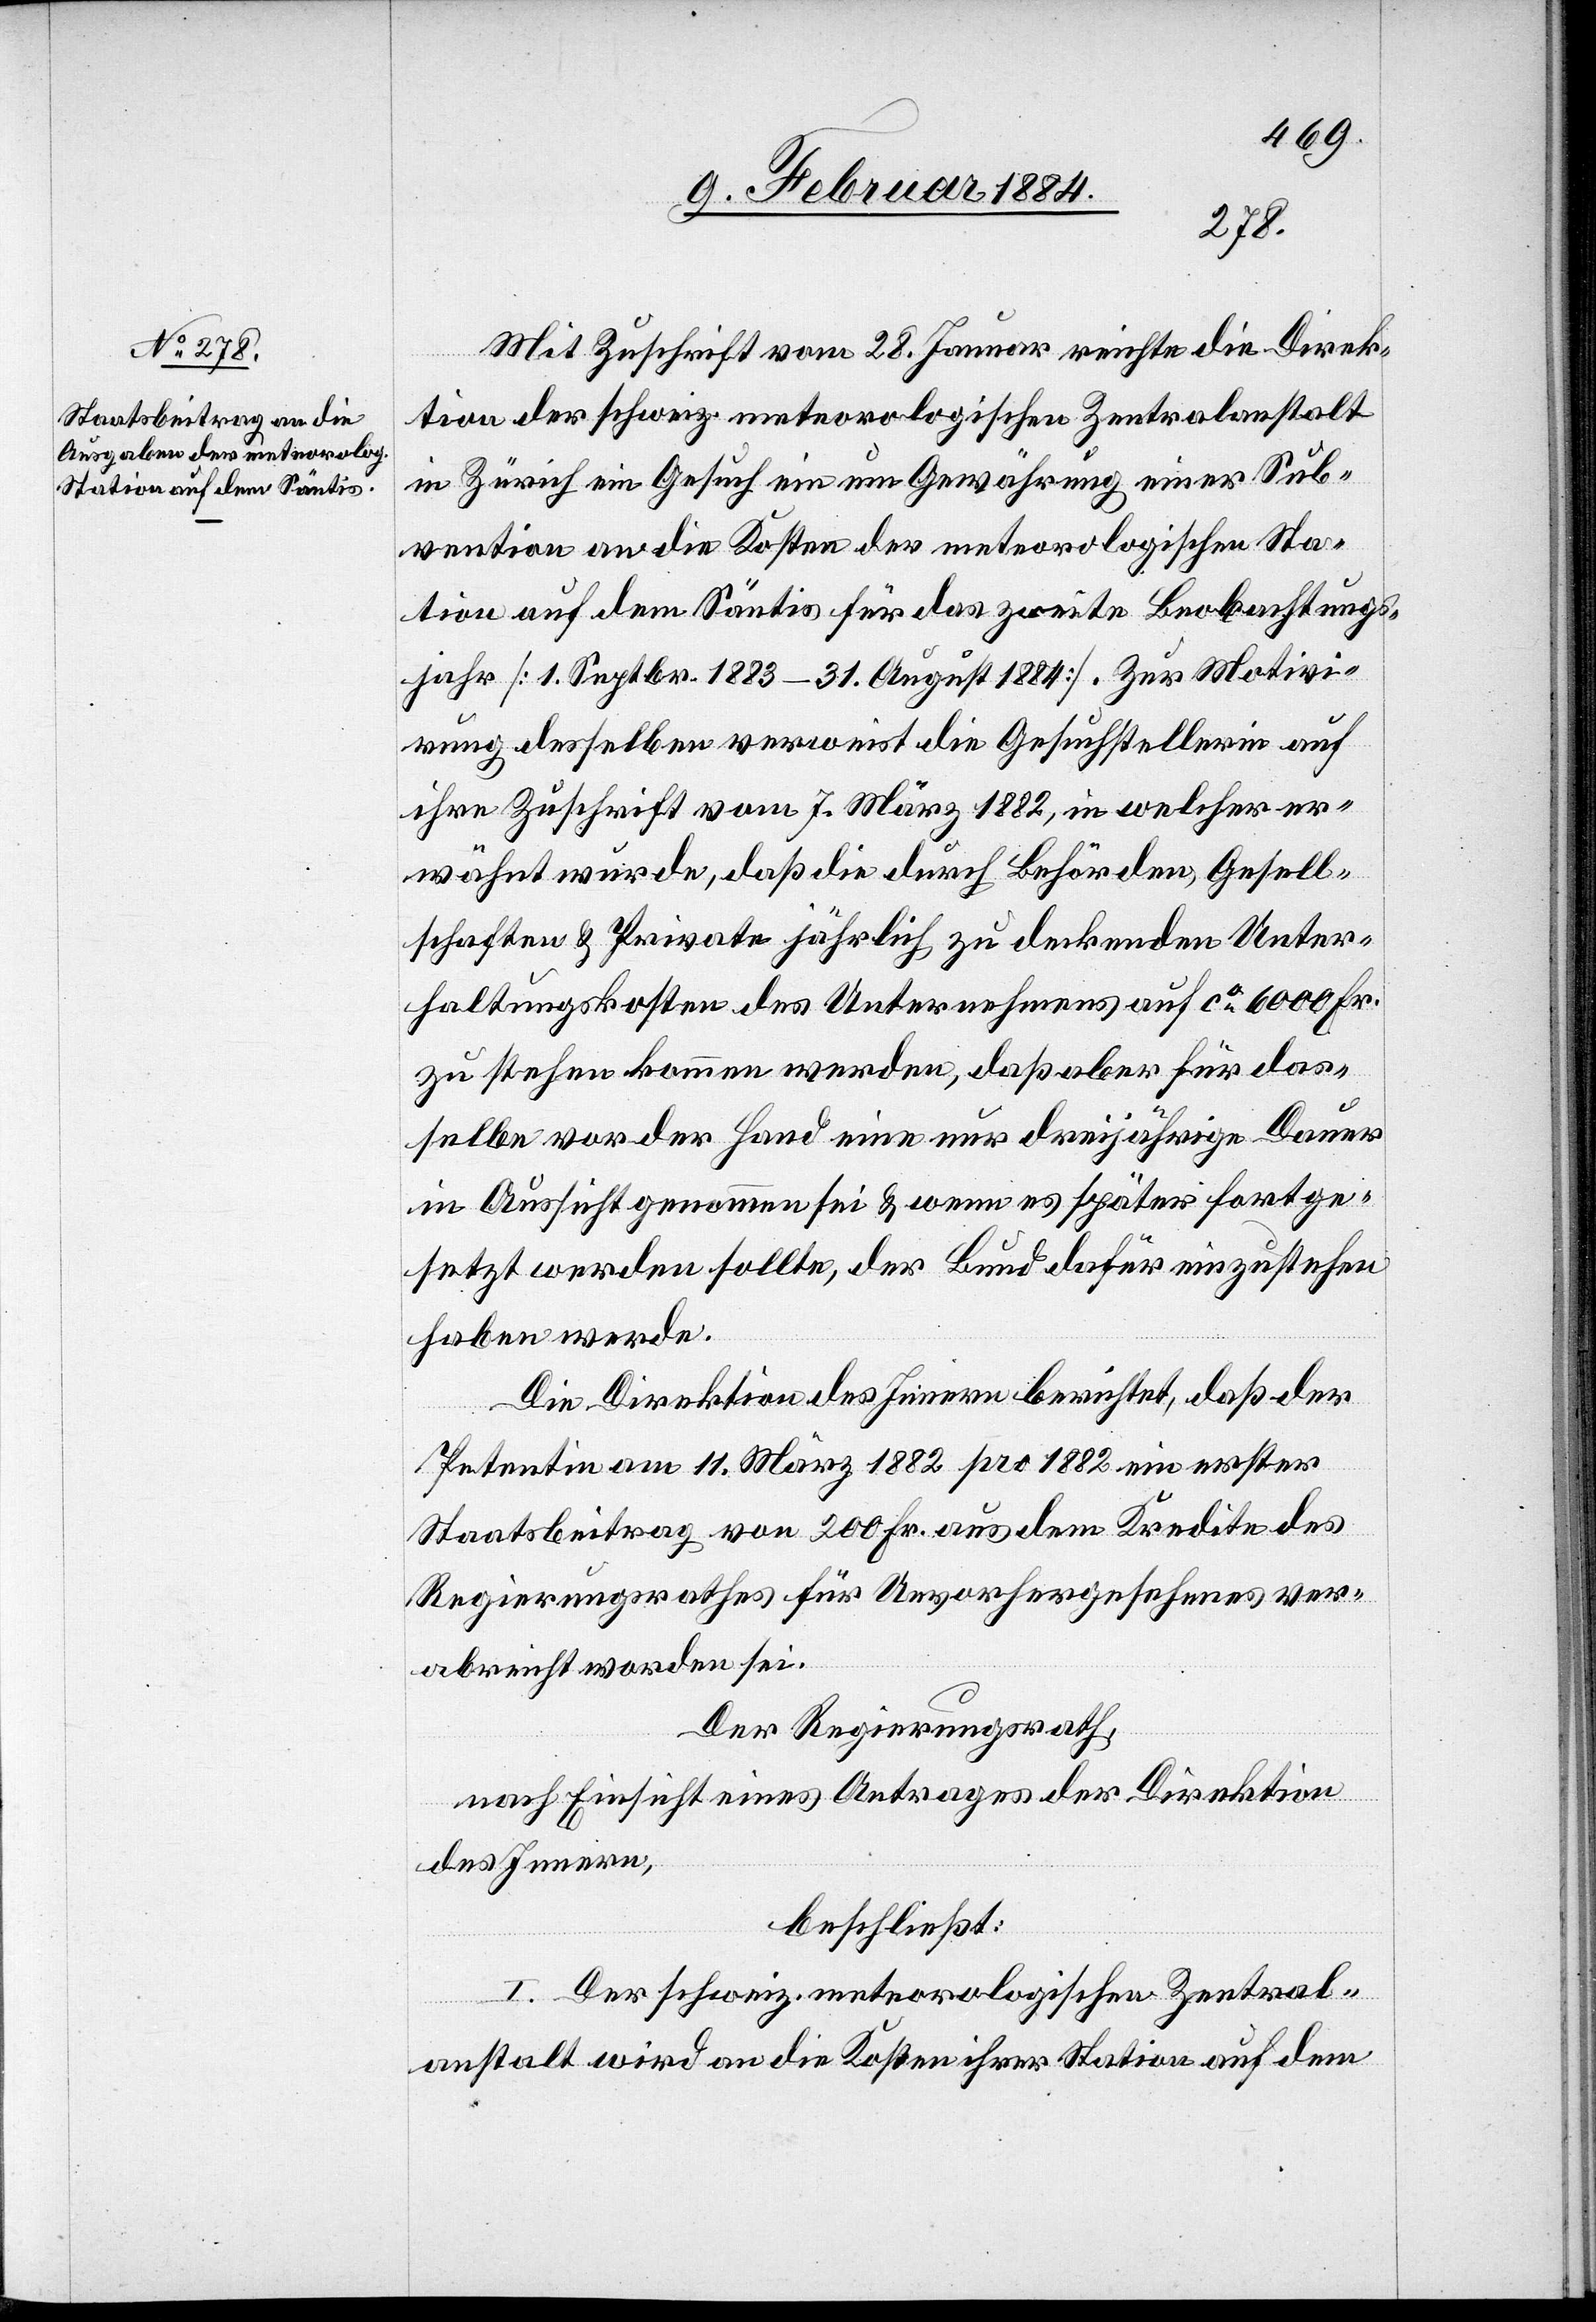
Mit Zuschrift vom 28. Januar reichte die Direk¬
tion der schweiz. meteorologischen Zentralanstalt
in Zürich ein Gesuch ein um Gewährung einer Sub¬
vention an die Kosten der meteorologischen Sta¬
tion auf dem Säntis für das zweite Beobachtungs¬
jahr [1. Septbr. 1883–31. August 1884]. Zur Motivie¬
rung desselben verweist die Gesuchstellerin auf
ihre Zuschrift vom 7. März 1882, in welcher er¬
wähnt wurde, daß die durch Behörden, Gesell¬
schaften & Private jährlich zu deckenden Unter¬
haltungskosten des Unternehmens auf ca 6000 Fr.
zu stehen kommen werden, daß aber für das¬
selbe vor der Hand eine nur dreijährige Dauer
in Aussicht genommen sei & wenn es später fortge¬
setzt werden sollte, der Bund dafür einzustehen
haben werde.
Die Direktion des Innern berichtet, daß der
Petentin am 11. März 1882 pro 1882 ein erster
Staatsbeitrag von 200 Fr. aus dem Kredite des
Regierungsrathes für Unvorhergesehenes ver¬
abreicht worden sei.
Der Regierungsrath,
nach Einsicht eines Antrages der Direktion
des Innern,
beschließt:
I. Der schweiz. meteorologischen Zentral¬
anstalt wird an die Kosten ihrer Station auf dem